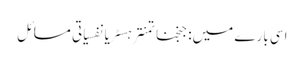
اسی بارے میں: جنجناتمنترہسٹریانفسیاتی مسائل